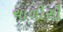
ચાળીસી